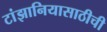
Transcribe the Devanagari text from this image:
टांझानियासाठीची